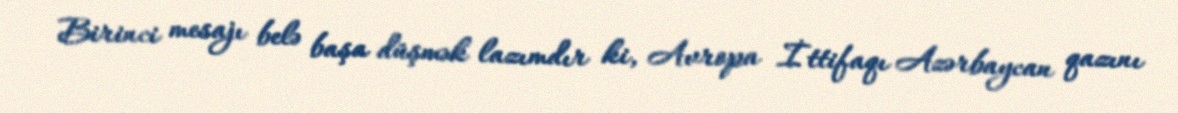
Birinci mesajı belə başa düşmək lazımdır ki, Avropa İttifaqı Azərbaycan qazını